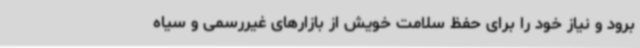
برود و نیاز خود را برای حفظ سلامت خویش از بازارهای غیررسمی و سیاه